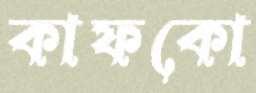
কাফকো